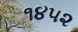
૧૪૫૨